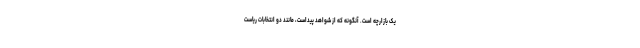
یک بازارچه است. آنگونه که از شواهد پیداست، مانند دو انتخابات ریاست